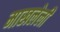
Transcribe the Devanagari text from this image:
माखलेली